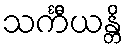
သင်္ကီယန္တိ